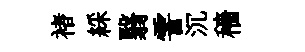
褚綵翳霅沉穡